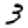
Digit: 3